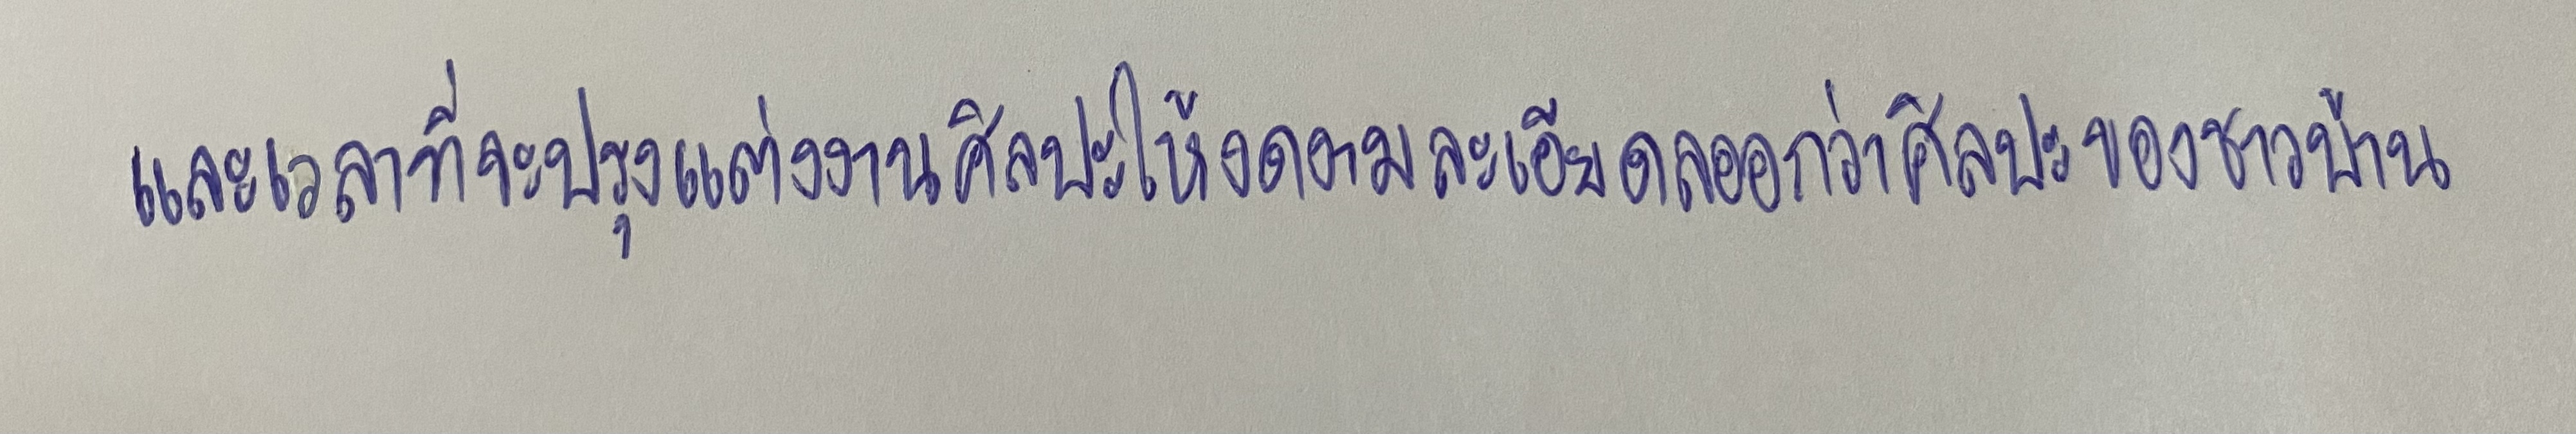
และเวลาที่จะปรุงแต่งงานศิลปะให้งดงามละเอียดลออกว่าศิลปะของชาวบ้าน